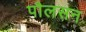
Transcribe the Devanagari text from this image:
पौलसन